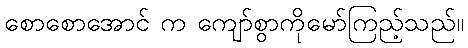
စောစောအောင် က ကျော်စွာကိုမော်ကြည့်သည်။